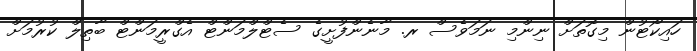
ހައިކޯޓުން މިގޮތަށް ނިންމި ނަމަވެސް ރ. މާނެންފުށީގެ ސެޓްލްމަންޓް އެގްރީމަންޓް ބާތިލް ކުރުމަށް